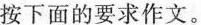
按下面的要求作文。